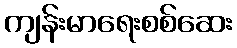
ကျန်းမာရေးစစ်ဆေး